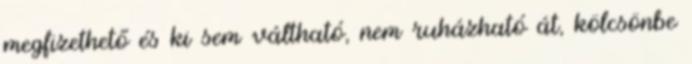
megfizethető és ki sem váltható, nem ruházható át, kölcsönbe